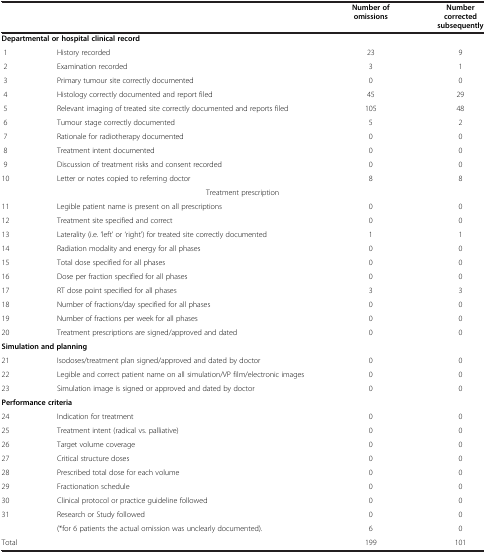
<table><thead><tr><td colspan="2"><b> </b></td><td><b>Number of omissions</b></td><td><b>Number corrected subsequently</b></td></tr></thead><tbody><tr><td colspan="4"><b>Departmental or hospital clinical record</b></td></tr><tr><td>1</td><td>History recorded</td><td>23</td><td>9</td></tr><tr><td>2</td><td>Examination recorded</td><td>3</td><td>1</td></tr><tr><td>3</td><td>Primary tumour site correctly documented</td><td>0</td><td>0</td></tr><tr><td>4</td><td>Histology correctly documented and report filed</td><td>45</td><td>29</td></tr><tr><td>5</td><td>Relevant imaging of treated site correctly documented and reports filed</td><td>105</td><td>48</td></tr><tr><td>6</td><td>Tumour stage correctly documented</td><td>5</td><td>2</td></tr><tr><td>7</td><td>Rationale for radiotherapy documented</td><td>0</td><td>0</td></tr><tr><td>8</td><td>Treatment intent documented</td><td>0</td><td>0</td></tr><tr><td>9</td><td>Discussion of treatment risks and consent recorded</td><td>0</td><td>0</td></tr><tr><td>10</td><td>Letter or notes copied to referring doctor</td><td>8</td><td>8</td></tr><tr><td colspan="4">Treatment prescription</td></tr><tr><td>11</td><td>Legible patient name is present on all prescriptions</td><td>0</td><td>0</td></tr><tr><td>12</td><td>Treatment site specified and correct</td><td>0</td><td>0</td></tr><tr><td>13</td><td>Laterality (i.e. ‘left’ or ‘right’) for treated site correctly documented</td><td>1</td><td>1</td></tr><tr><td>14</td><td>Radiation modality and energy for all phases</td><td>0</td><td>0</td></tr><tr><td>15</td><td>Total dose specified for all phases</td><td>0</td><td>0</td></tr><tr><td>16</td><td>Dose per fraction specified for all phases</td><td>0</td><td>0</td></tr><tr><td>17</td><td>RT dose point specified for all phases</td><td>3</td><td>3</td></tr><tr><td>18</td><td>Number of fractions/day specified for all phases</td><td>0</td><td>0</td></tr><tr><td>19</td><td>Number of fractions per week for all phases</td><td>0</td><td>0</td></tr><tr><td>20</td><td>Treatment prescriptions are signed/approved and dated</td><td>0</td><td>0</td></tr><tr><td colspan="4"><b>Simulation and planning</b></td></tr><tr><td>21</td><td>Isodoses/treatment plan signed/approved and dated by doctor</td><td>0</td><td>0</td></tr><tr><td>22</td><td>Legible and correct patient name on all simulation/VP film/electronic images</td><td>0</td><td>0</td></tr><tr><td>23</td><td>Simulation image is signed or approved and dated by doctor</td><td>0</td><td>0</td></tr><tr><td colspan="4"><b>Performance criteria</b></td></tr><tr><td>24</td><td>Indication for treatment</td><td>0</td><td>0</td></tr><tr><td>25</td><td>Treatment intent (radical vs. palliative)</td><td>0</td><td>0</td></tr><tr><td>26</td><td>Target volume coverage</td><td>0</td><td>0</td></tr><tr><td>27</td><td>Critical structure doses</td><td>0</td><td>0</td></tr><tr><td>28</td><td>Prescribed total dose for each volume</td><td>0</td><td>0</td></tr><tr><td>29</td><td>Fractionation schedule</td><td>0</td><td>0</td></tr><tr><td>30</td><td>Clinical protocol or practice guideline followed</td><td>0</td><td>0</td></tr><tr><td>31</td><td>Research or Study followed</td><td>0</td><td>0</td></tr><tr><td> </td><td>(*for 6 patients the actual omission was unclearly documented).</td><td>6</td><td>0</td></tr><tr><td colspan="2">Total</td><td>199</td><td>101</td></tr></tbody></table>